Scottish Leaving Certificate Examination, 1959
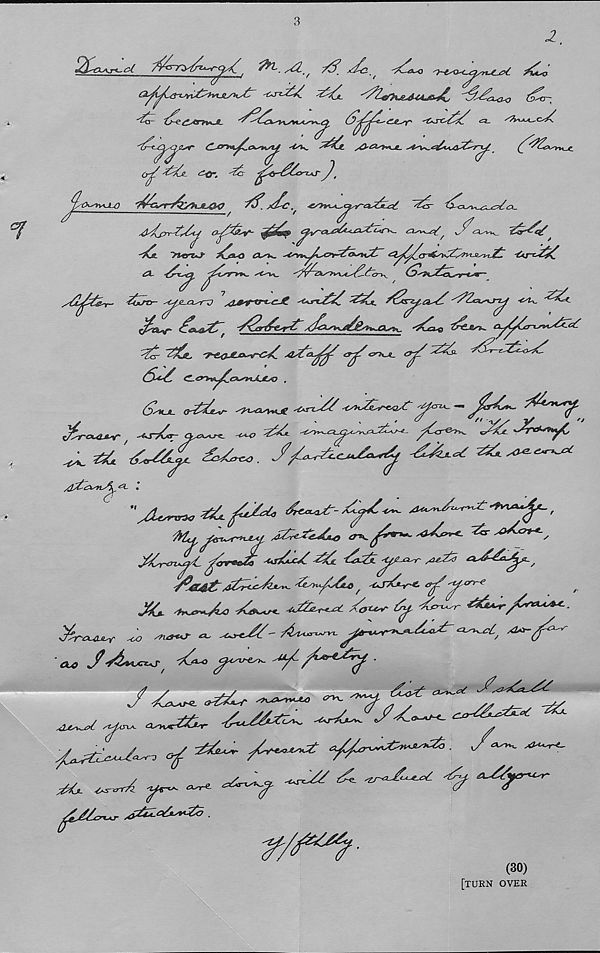
3
2
2£^, cl
'Crt-j£2. -^2jl
'22&rp%& tl
'^2- lj-^£s*rtvUL
c?>*j^.o2.
CjOrtv^o^KA^, -4SW. *<& s&Cis+tuL.
'
’4r. -2j ^fy-^h-TAS- ^t
'rfbsr^yHJL&O
X^C. r
~^2~ l^<^n^c^c2Cl.
Oj2&r- ^22a$>
cisv^a£ 2^<c^y_ t^r^q/’
A
y*crt*J-
s21^2&t- 2l*J-d- -^e^a^rx) y &*T* rt ' c -& '<^rL^2 '^ut.
'2'Zrj^j-z^ -d^ '22*
^rkif
'/^Li2e*p2dActnug^^tsVtoAsTrL, *&2oaq tri2-»si^
22 '2&L. -T^a^JO^rC^.
<yj2 CTHJL. 0^2 22 2£~t22o22
22-2 £-&^<ylCc**r>*AAsO ,
62_jl. <r222- -cH^dvue ^22
jbc*. y^^-
^roc^r, <^-/*r
^ 22
fCr^ 222 -X^>^
^ 22 2222^ 222^4. J-22,^ 2u
-tSK.
"A*™*
^yfeW^ jZ^ZuC*,
AnC-r-L ^
,
yZ-rCT^q/C £<nr<sJi **s2xZ 22: 2*2A*2 a22u^^
'2ms2 a2t2c2ju-v^ '2yi^L2Lo ^ -CjZZ-A (^2^cn~e
222
^6^*- '22r<AL /&t^
<2>^r
^rc^ucr
' 04) S 2u*^r t 2^0 <^v~e^ Ayt ^L&4j2^ .
y Zw. ^ — - *yff
oj
A*^
■
2°~^
^£ji2cn^j-
(30)
[turn over